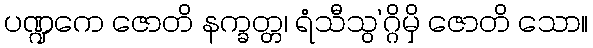
ပဏ္ဍကေ ဇောတိ နက္ခတ္တ၊ ရံသီသွ’ဂ္ဂိမှိ ဇောတိ သော။